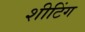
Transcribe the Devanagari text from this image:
शीटिंग